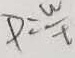
P = \frac { w } { t }